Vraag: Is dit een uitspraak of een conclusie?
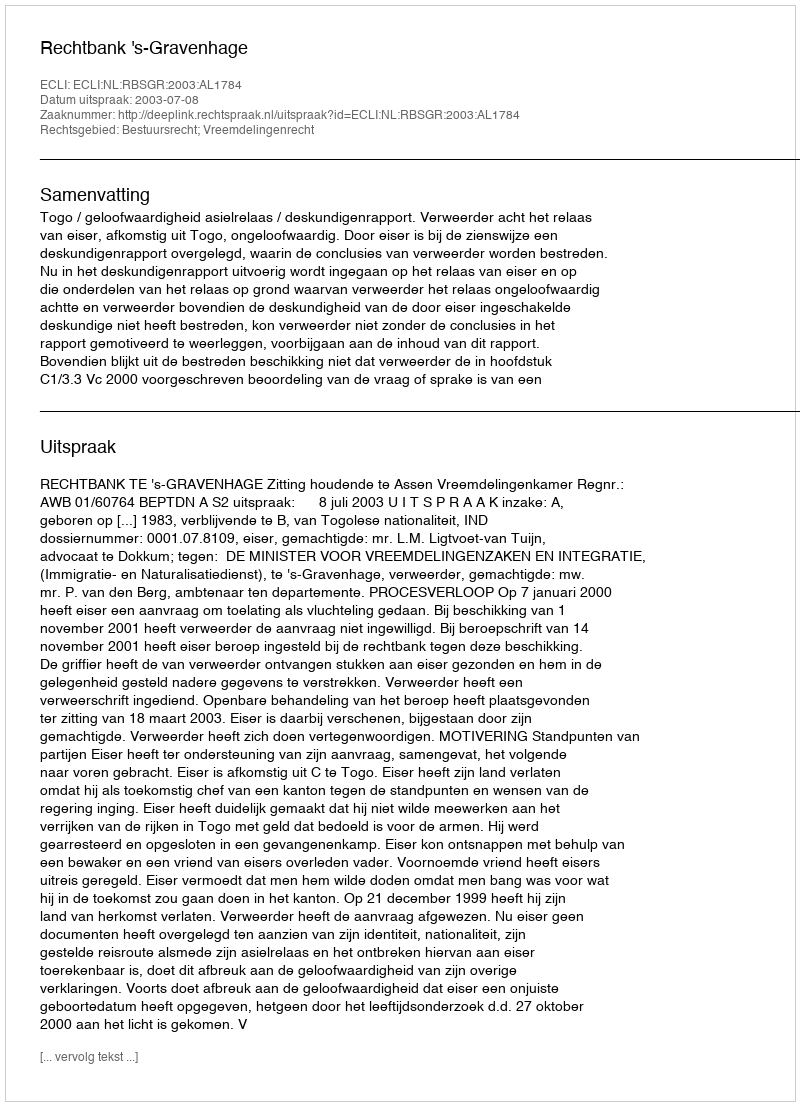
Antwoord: Uitspraak